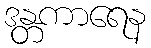
ဒန္တကာရေန